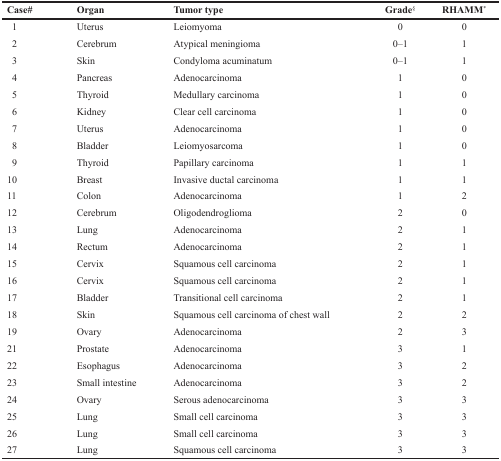
<table><thead><tr><td><b>Case#</b></td><td><b>Organ</b></td><td><b>Tumor type</b></td><td><b>Grade<sup>§</sup></b></td><td><b>RHAMM<sup>*</sup></b></td></tr></thead><tbody><tr><td> 1</td><td>Uterus</td><td>Leiomyoma</td><td>0</td><td>0</td></tr><tr><td> 2</td><td>Cerebrum</td><td>Atypical meningioma</td><td>0–1</td><td>1</td></tr><tr><td> 3</td><td>Skin</td><td>Condyloma acuminatum</td><td>0–1</td><td>1</td></tr><tr><td> 4</td><td>Pancreas</td><td>Adenocarcinoma</td><td>1</td><td>0</td></tr><tr><td> 5</td><td>Thyroid</td><td>Medullary carcinoma</td><td>1</td><td>0</td></tr><tr><td> 6</td><td>Kidney</td><td>Clear cell carcinoma</td><td>1</td><td>0</td></tr><tr><td> 7</td><td>Uterus</td><td>Adenocarcinoma</td><td>1</td><td>0</td></tr><tr><td> 8</td><td>Bladder</td><td>Leiomyosarcoma</td><td>1</td><td>0</td></tr><tr><td> 9</td><td>Thyroid</td><td>Papillary carcinoma</td><td>1</td><td>1</td></tr><tr><td>10</td><td>Breast</td><td>Invasive ductal carcinoma</td><td>1</td><td>1</td></tr><tr><td>11</td><td>Colon</td><td>Adenocarcinoma</td><td>1</td><td>2</td></tr><tr><td>12</td><td>Cerebrum</td><td>Oligodendroglioma</td><td>2</td><td>0</td></tr><tr><td>13</td><td>Lung</td><td>Adenocarcinoma</td><td>2</td><td>1</td></tr><tr><td>14</td><td>Rectum</td><td>Adenocarcinoma</td><td>2</td><td>1</td></tr><tr><td>15</td><td>Cervix</td><td>Squamous cell carcinoma</td><td>2</td><td>1</td></tr><tr><td>16</td><td>Cervix</td><td>Squamous cell carcinoma</td><td>2</td><td>1</td></tr><tr><td>17</td><td>Bladder</td><td>Transitional cell carcinoma</td><td>2</td><td>1</td></tr><tr><td>18</td><td>Skin</td><td>Squamous cell carcinoma of chest wall</td><td>2</td><td>2</td></tr><tr><td>19</td><td>Ovary</td><td>Adenocarcinoma</td><td>2</td><td>3</td></tr><tr><td>21</td><td>Prostate</td><td>Adenocarcinoma</td><td>3</td><td>1</td></tr><tr><td>22</td><td>Esophagus</td><td>Adenocarcinoma</td><td>3</td><td>2</td></tr><tr><td>23</td><td>Small intestine</td><td>Adenocarcinoma</td><td>3</td><td>2</td></tr><tr><td>24</td><td>Ovary</td><td>Serous adenocarcinoma</td><td>3</td><td>3</td></tr><tr><td>25</td><td>Lung</td><td>Small cell carcinoma</td><td>3</td><td>3</td></tr><tr><td>26</td><td>Lung</td><td>Small cell carcinoma</td><td>3</td><td>3</td></tr><tr><td>27</td><td>Lung</td><td>Squamous cell carcinoma</td><td>3</td><td>3</td></tr></tbody></table>